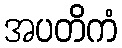
အပတိကံ